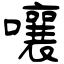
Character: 嚷